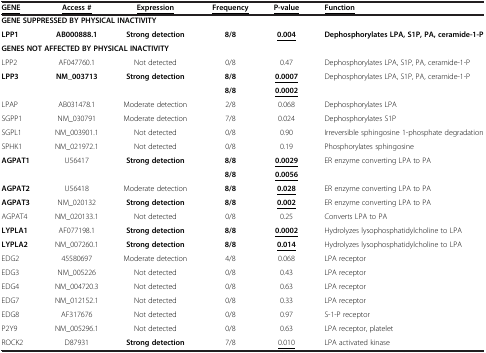
<table><thead><tr><td><b><underline>GENE</underline></b></td><td><b><underline>Access #</underline></b></td><td><b><underline>Expression</underline></b></td><td><b><underline>Frequency</underline></b></td><td><b><underline>P-value</underline></b></td><td><b><underline>Function</underline></b></td></tr></thead><tbody><tr><td colspan="6"><b>GENE SUPPRESSED BY PHYSICAL INACTIVITY</b></td></tr><tr><td><b>LPP1</b></td><td><b>AB000888.1</b></td><td><b>Strong detection</b></td><td><b>8/8</b></td><td><b><underline>0.004</underline></b></td><td><b>Dephosphorylates LPA, S1P, PA, ceramide-1-P</b></td></tr><tr><td colspan="6"><b>GENES NOT AFFECTED BY PHYSICAL INACTIVITY</b></td></tr><tr><td>LPP2</td><td>AF047760.1</td><td>Not detected</td><td>0/8</td><td>0.47</td><td>Dephosphorylates LPA, S1P, PA, ceramide-1-P</td></tr><tr><td rowspan="2"><b>LPP3</b></td><td rowspan="2"><b>NM_003713</b></td><td rowspan="2"><b>Strong detection</b></td><td><b>8/8</b></td><td><b><underline>0.0007</underline></b></td><td rowspan="2">Dephosphorylates LPA, S1P, PA, ceramide-1-P</td></tr><tr><td><b>8/8</b></td><td><b><underline>0.0002</underline></b></td></tr><tr><td>LPAP</td><td>AB031478.1</td><td>Moderate detection</td><td>2/8</td><td>0.068</td><td>Dephosphorylates LPA</td></tr><tr><td>SGPP1</td><td>NM_030791</td><td>Moderate detection</td><td>7/8</td><td>0.024</td><td>Dephosphorylates S1P</td></tr><tr><td>SGPL1</td><td>NM_003901.1</td><td>Not detected</td><td>0/8</td><td>0.90</td><td>Irreversible sphingosine 1-phosphate degradation</td></tr><tr><td>SPHK1</td><td>NM_021972.1</td><td>Not detected</td><td>0/8</td><td>0.19</td><td>Phosphorylates sphingosine</td></tr><tr><td rowspan="2"><b>AGPAT1</b></td><td rowspan="2">U56417</td><td rowspan="2"><b>Strong detection</b></td><td><b>8/8</b></td><td><b><underline>0.0029</underline></b></td><td rowspan="2">ER enzyme converting LPA to PA</td></tr><tr><td><b>8/8</b></td><td><b><underline>0.0056</underline></b></td></tr><tr><td><b>AGPAT2</b></td><td>U56418</td><td>Moderate detection</td><td><b>8/8</b></td><td><b><underline>0.028</underline></b></td><td>ER enzyme converting LPA to PA</td></tr><tr><td><b>AGPAT3</b></td><td>NM_020132</td><td><b>Strong detection</b></td><td><b>8/8</b></td><td><b><underline>0.002</underline></b></td><td>ER enzyme converting LPA to PA</td></tr><tr><td>AGPAT4</td><td>NM_020133.1</td><td>Not detected</td><td>0/8</td><td>0.25</td><td>Converts LPA to PA</td></tr><tr><td><b>LYPLA1</b></td><td>AF077198.1</td><td><b>Strong detection</b></td><td><b>8/8</b></td><td><b><underline>0.0002</underline></b></td><td>Hydrolyzes lysophosphatidylcholine to LPA</td></tr><tr><td><b>LYPLA2</b></td><td>NM_007260.1</td><td><b>Strong detection</b></td><td><b>8/8</b></td><td><b><underline>0.014</underline></b></td><td>Hydrolyzes lysophosphatidylcholine to LPA</td></tr><tr><td>EDG2</td><td>45580697</td><td>Moderate detection</td><td>4/8</td><td>0.068</td><td>LPA receptor</td></tr><tr><td>EDG3</td><td>NM_005226</td><td>Not detected</td><td>0/8</td><td>0.43</td><td>LPA receptor</td></tr><tr><td>EDG4</td><td>NM_004720.3</td><td>Not detected</td><td>0/8</td><td>0.63</td><td>LPA receptor</td></tr><tr><td>EDG7</td><td>NM_012152.1</td><td>Not detected</td><td>0/8</td><td>0.33</td><td>LPA receptor</td></tr><tr><td>EDG8</td><td>AF317676</td><td>Not detected</td><td>0/8</td><td>0.97</td><td>S-1-P receptor</td></tr><tr><td>P2Y9</td><td>NM_005296.1</td><td>Not detected</td><td>0/8</td><td>0.63</td><td>LPA receptor, platelet</td></tr><tr><td>ROCK2</td><td>D87931</td><td><b>Strong detection</b></td><td>7/8</td><td><underline>0.010</underline></td><td>LPA activated kinase</td></tr></tbody></table>